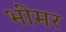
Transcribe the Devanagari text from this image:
भीमर